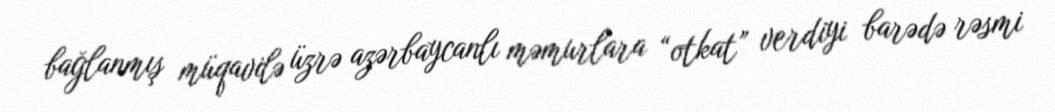
bağlanmış müqavilə üzrə azərbaycanlı məmurlara “otkat” verdiyi barədə rəsmi